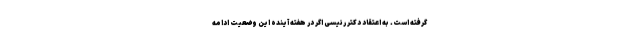
گرفته است. به اعتقاد دکتر رئیسی اگر در هفته آینده این وضعیت ادامه